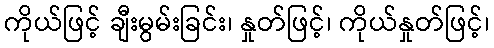
ကိုယ်ဖြင့် ချီးမွမ်းခြင်း၊ နှုတ်ဖြင့်၊ ကိုယ်နှုတ်ဖြင့်၊